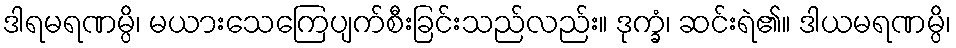
ဒါရမရဏမ္ပိ၊ မယားသေကြေပျက်စီးခြင်းသည်လည်း။ ဒုက္ခံ၊ ဆင်းရဲ၏။ ဒါယမရဏမ္ပိ၊